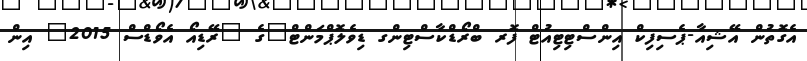
އެގޮތުން އޭޝިއާ-ޕެސިފިކް އިންސްޓިޓިއުޓް ފޮރ ބްރޯޑްކާސްޓިންގ ޑިވެލޮޕްމަންޓް"ގެ "ރޭޑިއޯ އެވޯޑްސް 2015" އިން